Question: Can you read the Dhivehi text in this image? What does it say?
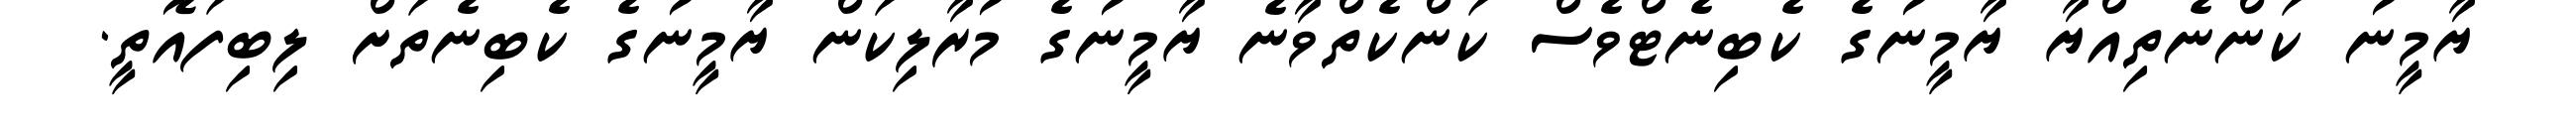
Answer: ޔާމީނު ކަންނެތިއްޔާ ޔާމީނުގެ ކެބިނެޓްވެސް ކަންކެތްވާނެ ޔާމީނުގެ މުރާލިކަން ޔާމީނުގެ ކެބިނެތަށް ލިބިފައޮތީ.